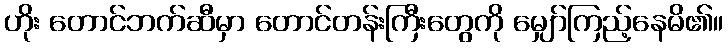
ဟိုး တောင်ဘက်ဆီမှာ တောင်တန်းကြီးတွေကို မျှော်ကြည့်နေမိ၏။